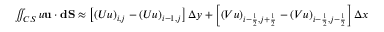
\begin{array} { r } { \iint _ { C S } u \mathbf { u } \cdot \mathbf { d S } \approx \left[ \left( U u \right) _ { i , j } - \left( U u \right) _ { i - 1 , j } \right] \Delta y + \left[ \left( V u \right) _ { i - \frac { 1 } { 2 } , j + \frac { 1 } { 2 } } - \left( V u \right) _ { i - \frac { 1 } { 2 } , j - \frac { 1 } { 2 } } \right] \Delta x } \end{array}